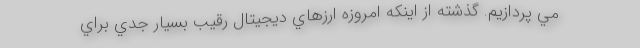
مي پردازيم. گذشته از اينكه امروزه ارزهاي ديجيتال رقيب بسيار جدي براي